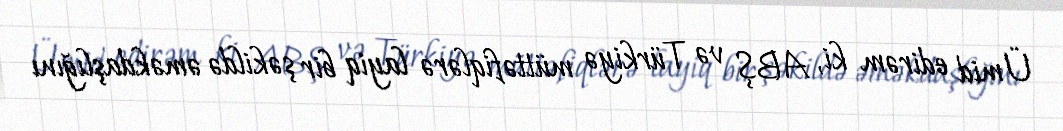
Ümid edirəm ki, ABŞ və Türkiyə müttəfiqlərə layiq bir şəkildə əməkdaşlığını